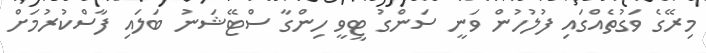
މިރޭގެ ވަގުތެއްގައި ފުލުހުން ވަނީ ސަންގު ޓީވީ ހިންގާ ސްޓޭޝަނު ބަލައި ފާސްކުރުމަށް